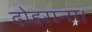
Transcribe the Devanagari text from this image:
दोहराना।